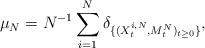
LaTeX: \begin{align*} \mu_N=N^{-1}\sum_{i=1}^N\delta_{\{(X_t^{i,N},M_t^N)_{t\geq0}\}}, \end{align*}